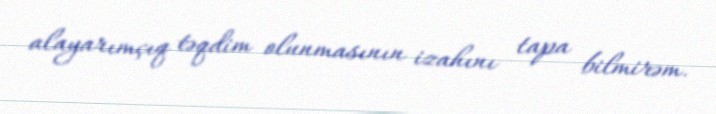
alayarımçıq təqdim olunmasının izahını tapa bilmirəm.